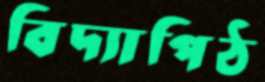
বিদ্যাপিঠ